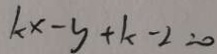
k x - y + k - 2 = 0